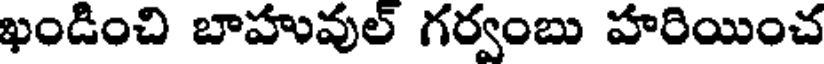
ఖండించి బాహువుల్ గర్వంబు హరియించ